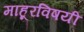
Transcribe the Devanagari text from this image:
माहूरविषयी